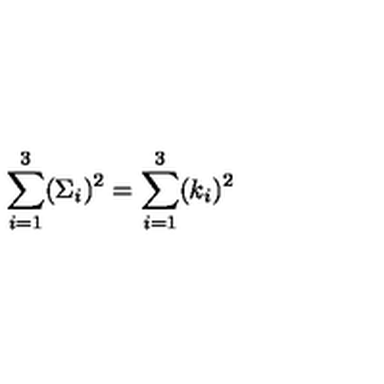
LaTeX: \sum _ { i = 1 } ^ { 3 } ( \Sigma _ { i } ) ^ { 2 } = \sum _ { i = 1 } ^ { 3 } ( k _ { i } ) ^ { 2 }